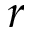
r